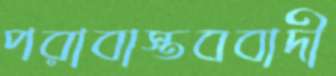
পরাবাস্তববাদী